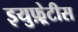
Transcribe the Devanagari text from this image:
इयुफ़्रेटीस